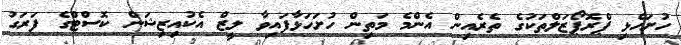
ހުށަހެޅި ޕްރޮޕޯޒަލްތަކުގެ ތެރެއިން އެންމެ މަތިން ހުށަހަޅާފައިވާ ލީޒް އެކުއިޒިޝަން ކޮސްޓްގެ ފަރަގު